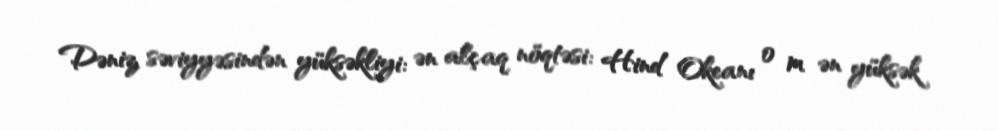
Dəniz səviyyəsindən yüksəkliyi: ən alçaq nöqtəsi: Hind Okeanı 0 m ən yüksək